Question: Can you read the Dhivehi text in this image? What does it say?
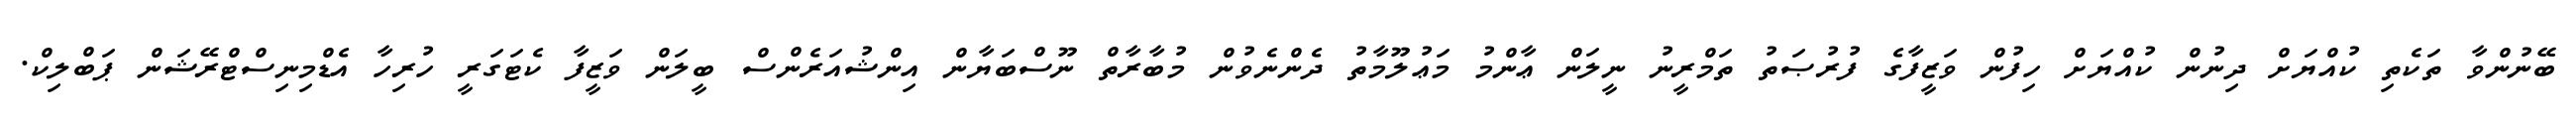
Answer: ބޭނުންވާ ތަކެތި ކުއްޔަށް ދިނުން ކުއްޔަށް ހިފުން ވަޒީފާގެ ފުރުޞަތު ތަމްރީނު ނީލަން ޢާންމު މަޢުލޫމާތު ދެންނެވުން މުބާރާތް ނޫސްބަޔާން އިންޝުއަރެންސް ބީލަން ވަޒީފާ ކެޓަގަރީ ހުރިހާ އެޑްމިނިސްޓްރޭޝަން ޕަބްލިކް.